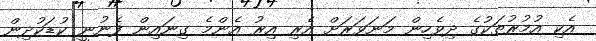
އެކި އުމުރުތަކުގެ ދިވެހިން މަނަވަރަށް އެރި އިރު އެންމެ ގިނައިން ފެނުނީ ކުޑަކުދިން